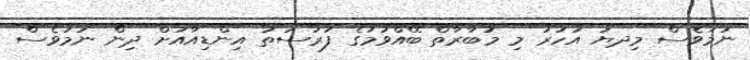
ނަމަވެސް މިދޔަ އަހަރު މި މުބާރާތް ބޭއްވުމުގެ ފުރުސަތު އިންޑިއާއަށް ދިން ނަމަވެސް